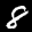
Label: 8